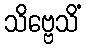
သိဗ္ဗေသိံ